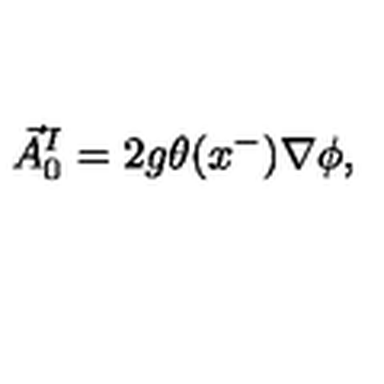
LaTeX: \vec { A } _ { 0 } ^ { I } = 2 g \theta ( x ^ { - } ) \nabla \phi ,